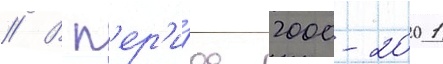
// В п'ер'и́од 2000-2001